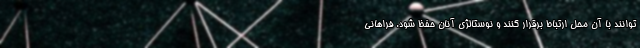
توانند با آن محل ارتباط برقرار کنند و نوستالژی آنان حفظ شود. فراهانی